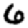
Digit: 6